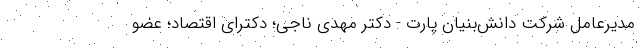
مدیرعامل شرکت دانش‌بنیان پارت - دکتر مهدی ناجی؛ دکترای اقتصاد؛ عضو